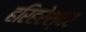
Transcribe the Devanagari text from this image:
हरिहरेश्‍वर